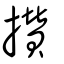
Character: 攢